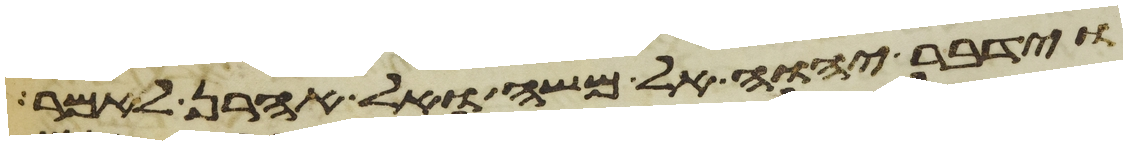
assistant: וידבר יהוה אל משה ואל אהרן לאמר